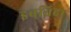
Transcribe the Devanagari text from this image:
इबतिदा